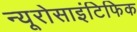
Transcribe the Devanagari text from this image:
न्यूरोसाइंटिफिक